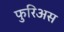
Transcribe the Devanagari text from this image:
फुरिअस